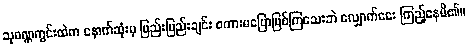
သုဝဏ္ဏကွင်းထဲက နောက်ဆုံးမှ ဖြည်းဖြည်းချင်း စကားမပြောဖြစ်ကြသေးဘဲ လျှောက်ငေး ကြည့်နေမိ၏။